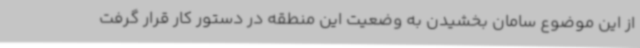
از این موضوع سامان بخشیدن به وضعیت این منطقه در دستور کار قرار گرفت